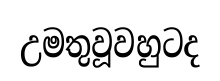
උමතුවූවහුටද